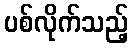
ပစ်လိုက်သည့်